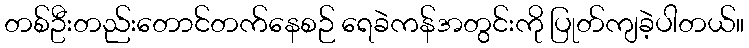
တစ်ဦးတည်းတောင်တက်နေစဉ် ရေခဲကန်အတွင်းကို ပြုတ်ကျခဲ့ပါတယ်။